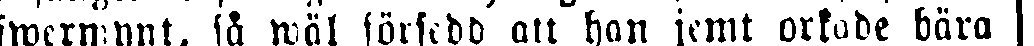
fwermynt, så wäl försedd att han jemt orkade bära